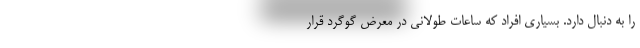
را به دنبال دارد. بسیاری افراد که ساعات‌ طولانی در معرض گوگرد قرار